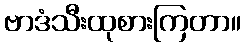
ဗာဒံသီးထုစားကြတာ။